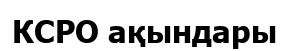
КСРО ақындары